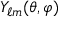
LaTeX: Y _ { \ell m } ( \theta , \varphi )